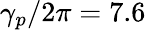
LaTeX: \gamma_{p}/2\pi=7.6